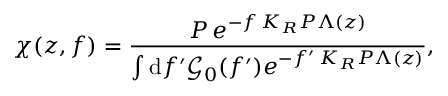
\chi ( z , f ) = \frac { P \, e ^ { - f \, K _ { R } P \Lambda ( z ) } } { \int \mathrm { d } f ^ { \prime } \mathcal { G } _ { 0 } ( f ^ { \prime } ) e ^ { - f ^ { \prime } \, K _ { R } P \Lambda ( z ) } } ,